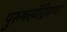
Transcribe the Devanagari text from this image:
पुरुषस्येंद्रियणां